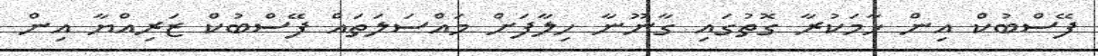
ފޭސްބުކް އިން ހާމަކުރާ ގޮތުގައި ގާނޫނާ ހިލާފަށް މައްސަލަތައް ފޭސްބުކް ޒަރިއްޔާ އިން